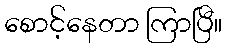
စောင့်နေတာ ကြာပြီ။